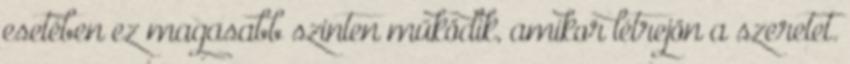
esetében ez magasabb szinten működik, amikor létrejön a szeretet.